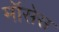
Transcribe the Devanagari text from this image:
मॉसेस